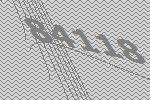
84118